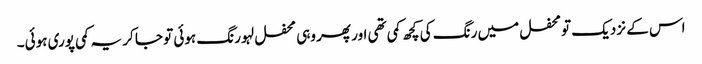
اس کے نزدیک تو محفل میں رنگ کی کچھ کمی تھی اور پھر وہی محفل لہو رنگ ہوئی تو جا کر یہ کمی پوری ہوئی۔